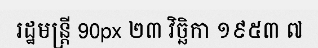
រដ្ឋមន្ត្រី 90px ២៣ វិច្ឆិកា ១៩៥៣ ៧